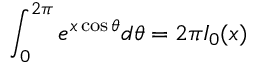
\int _ { 0 } ^ { 2 \pi } e ^ { x \cos \theta } d \theta = 2 \pi I _ { 0 } ( x )